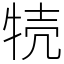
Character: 㸿